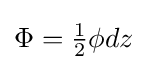
{\textstyle \Phi ={\frac {1}{2}}\phi dz}